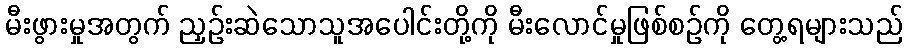
မီးဖွားမှုအတွက် ညှဉ်းဆဲသောသူအပေါင်းတို့ကို မီးလောင်မှုဖြစ်စဉ်ကို တွေ့ရများသည်